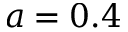
a = 0 . 4